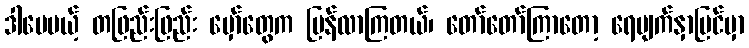
ဒါပေမယ့် တဖြည်းဖြည်း မှော်တွေက ပြန်လာကြတယ်၊ တော်တော်ကြာတော့ ရေမျက်နှာပြင်မှာ